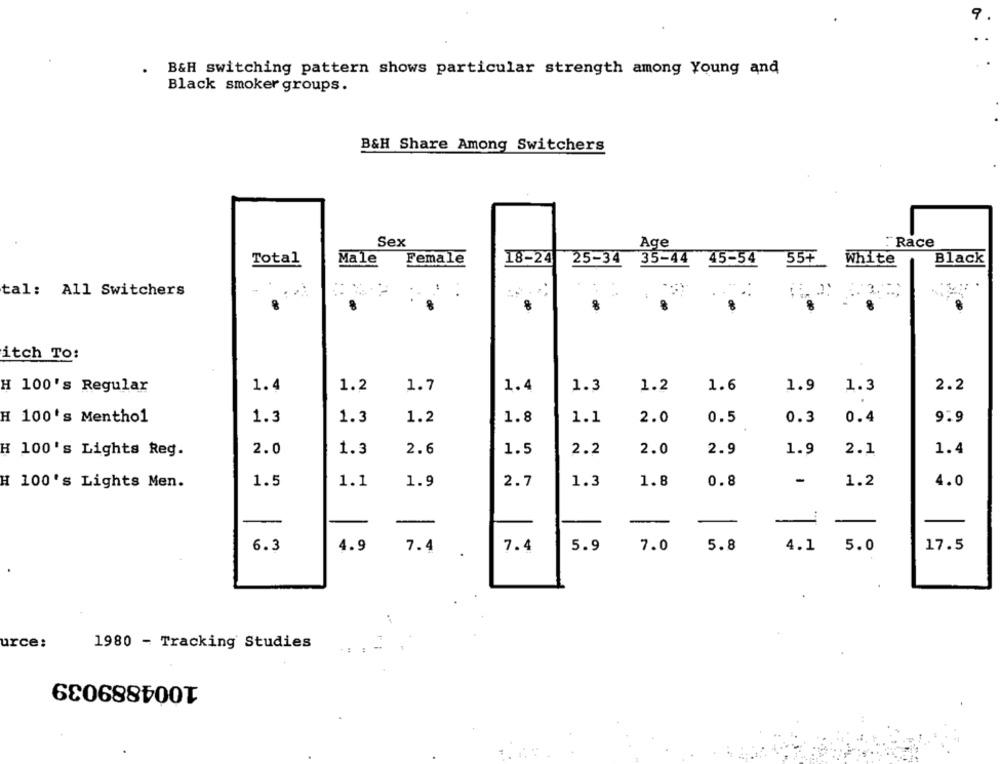
9
B&H switching pattern shows particular strength among Young and
Black smoker groups.
B&H Share Among Switchers
Sex
Age
:"Race
Total
Male
Female
18-24
25-34 35-44 45-54
55+
White
Black
tal: All Switchers
itch To:
H 100's Regular
1.4
1.2
1.7
1.4
1.3
1.2
1.6
1.9
1.3
2.2
H 100's Menthol
1.3
1.3
1.2
1.8
1.1
2.0
0.5
0.3
0.4
9.9
2.0
1.3
2.6
1.5
2.2
2.0
2.9
1.9
2.1
1.4
H 100's Lights Reg.
-
H 100's Lights Men.
1.5
1.1
1.9
2.7
1.3
1.8
0.8
1.2
4.0
-
-
-
6.3
4.9
7.4
7.4
5.9
7.0
5.8
4.1
5.0
17.5
.
urce:
1980 - Tracking Studies
1004889039